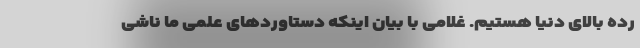
رده بالای دنیا هستیم. غلامی با بیان اینکه دستاوردهای علمی ما ناشی